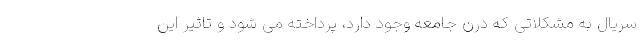
سریال به مشکلاتی که درن جامعه وجود دارد، پرداخته می شود و تاثیر این